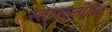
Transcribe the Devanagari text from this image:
स्ताखानोवित